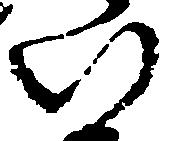
い